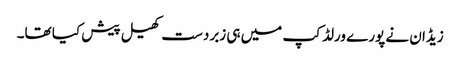
زیڈان نے پورے ورلڈ کپ میں ہی زبردست کھیل پیش کیا تھا۔